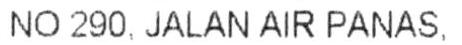
NO 290. JALAN AIR PANAS.